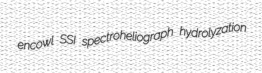
encowl SSI spectroheliograph hydrolyzation